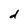
Character: d